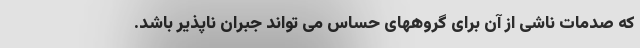
که صدمات ناشی از آن برای گروههای حساس می تواند جبران ناپذیر باشد.